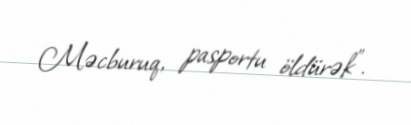
Məcburuq, pasportu öldürək”.